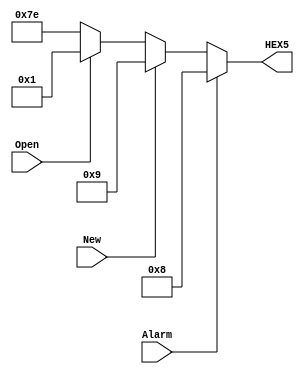
module SevenSegmentDisplay(
  input wire Open,    // Open signal
  input wire Alarm,   // Alarm signal
  input wire New,     // New signal
  output reg [6:0] HEX5  // Seven-segment display HEX5
);

// Display segments for characters 'O,' 'A,' 'n,' and '-'
parameter SEG_O = 7'b0000001; // 'O'
parameter SEG_A = 7'b0001000; // 'A'
parameter SEG_n = 7'b0001001; // 'n'
parameter SEG_DASH = 7'b1111110; // '-'

always @* begin
  if (Alarm)
    HEX5 = SEG_A;
  else if (New)
    HEX5 = SEG_n;
  else if (Open)
    HEX5 = SEG_O;
  else
    HEX5 = SEG_DASH;
end

endmodule